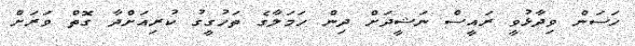
ހަސަން ވިދާޅުވީ ރައީސް ނަޝީދަށް ދިން ހަމަލާގެ ތަހުގީގު ކުރިއަށްދާ ގޮތް ވަރަށް